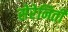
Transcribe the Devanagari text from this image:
सेरेनिती